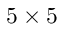
5 \times 5